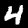
Digit: 4